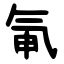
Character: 氠